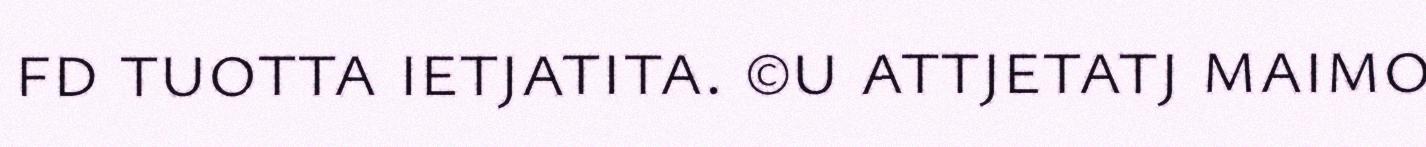
fd tuotta ietjatita. ©u attjetatj maimo